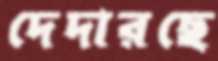
দেদারছে